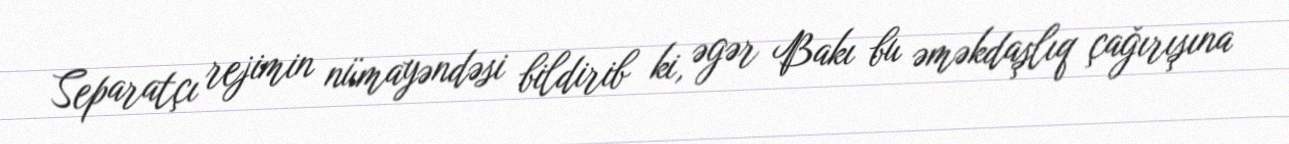
Separatçı rejimin nümayəndəsi bildirib ki, əgər Bakı bu əməkdaşlıq çağırışına